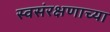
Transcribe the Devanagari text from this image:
स्वसंरक्षणाच्या